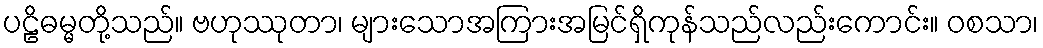
ပဠိဓမ္မတို့သည်။ ဗဟုဿုတာ၊ များသောအကြားအမြင်ရှိကုန်သည်လည်းကောင်း။ ဝစသာ၊